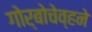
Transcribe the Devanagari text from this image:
गोर्बोचेव्हने